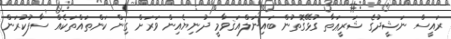
ރައީސް ނަޝީދުގެ ޝަރީޢަތާ ގުޅޭގޮތުން ބައިނަލްއަޤވާމީ ދުނިޔެއިން ވަރަށް ގިން ކަންތައްތަކެއް ސާފުކުރަން